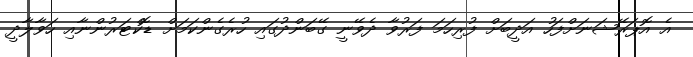
އެ އޮޕަރޭޝަނަށްފަހު އަދީބަށް ފުރިހަމަ ފަރުވާ ދެވޭނީ ގޭބަންދުގައި ހުރެގެންކަމަށް ޑޮކްޓަރުންނާއި ހަވާލާދީ